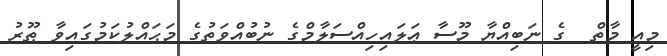
މިއީ މާތް  ގެ ނަބިއްޔާ މޫސާ ޢަލައިހިއްސަލާމްގެ ނުބުއްވަތުގެ މަޙައްލުކަމުގައިވާ ޠޫރު